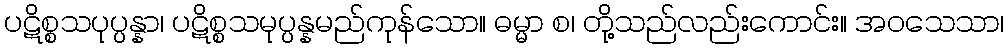
ပဋိစ္စသပုပ္ပန္နာ၊ ပဋိစ္စသမုပ္ပန္နမည်ကုန်သော။ ဓမ္မာ စ၊ တို့သည်လည်းကောင်း။ အဝသေသာ၊